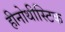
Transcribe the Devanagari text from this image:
हीनोथीस्टिक